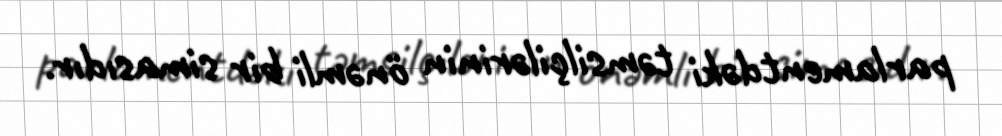
parlamentdəki təmsilçilərinin önəmli bir simasıdır.